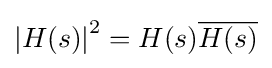
\left|H(s)\right|^{2}=H(s){\overline {H(s)}}